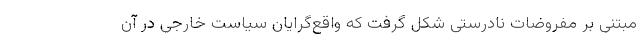
مبتنی بر مفروضات نادرستی شکل گرفت که واقع‌گرایان سیاست خارجی در آن